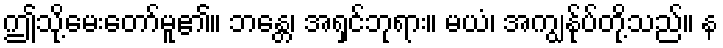
ဤသို့မေးတော်မူ၏။ ဘန္တေ၊ အရှင်ဘုရား။ မယံ၊ အကျွန်ုပ်တို့သည်။ န